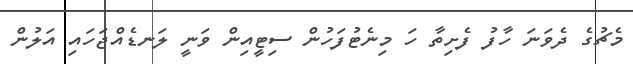
މެޗުގެ ދެވަނަ ހާފު ފެށިތާ ހަ މިނެޓުފަހުން ސިޓީއިން ވަނީ ލަނޑެއްޖަހައި އަލުން